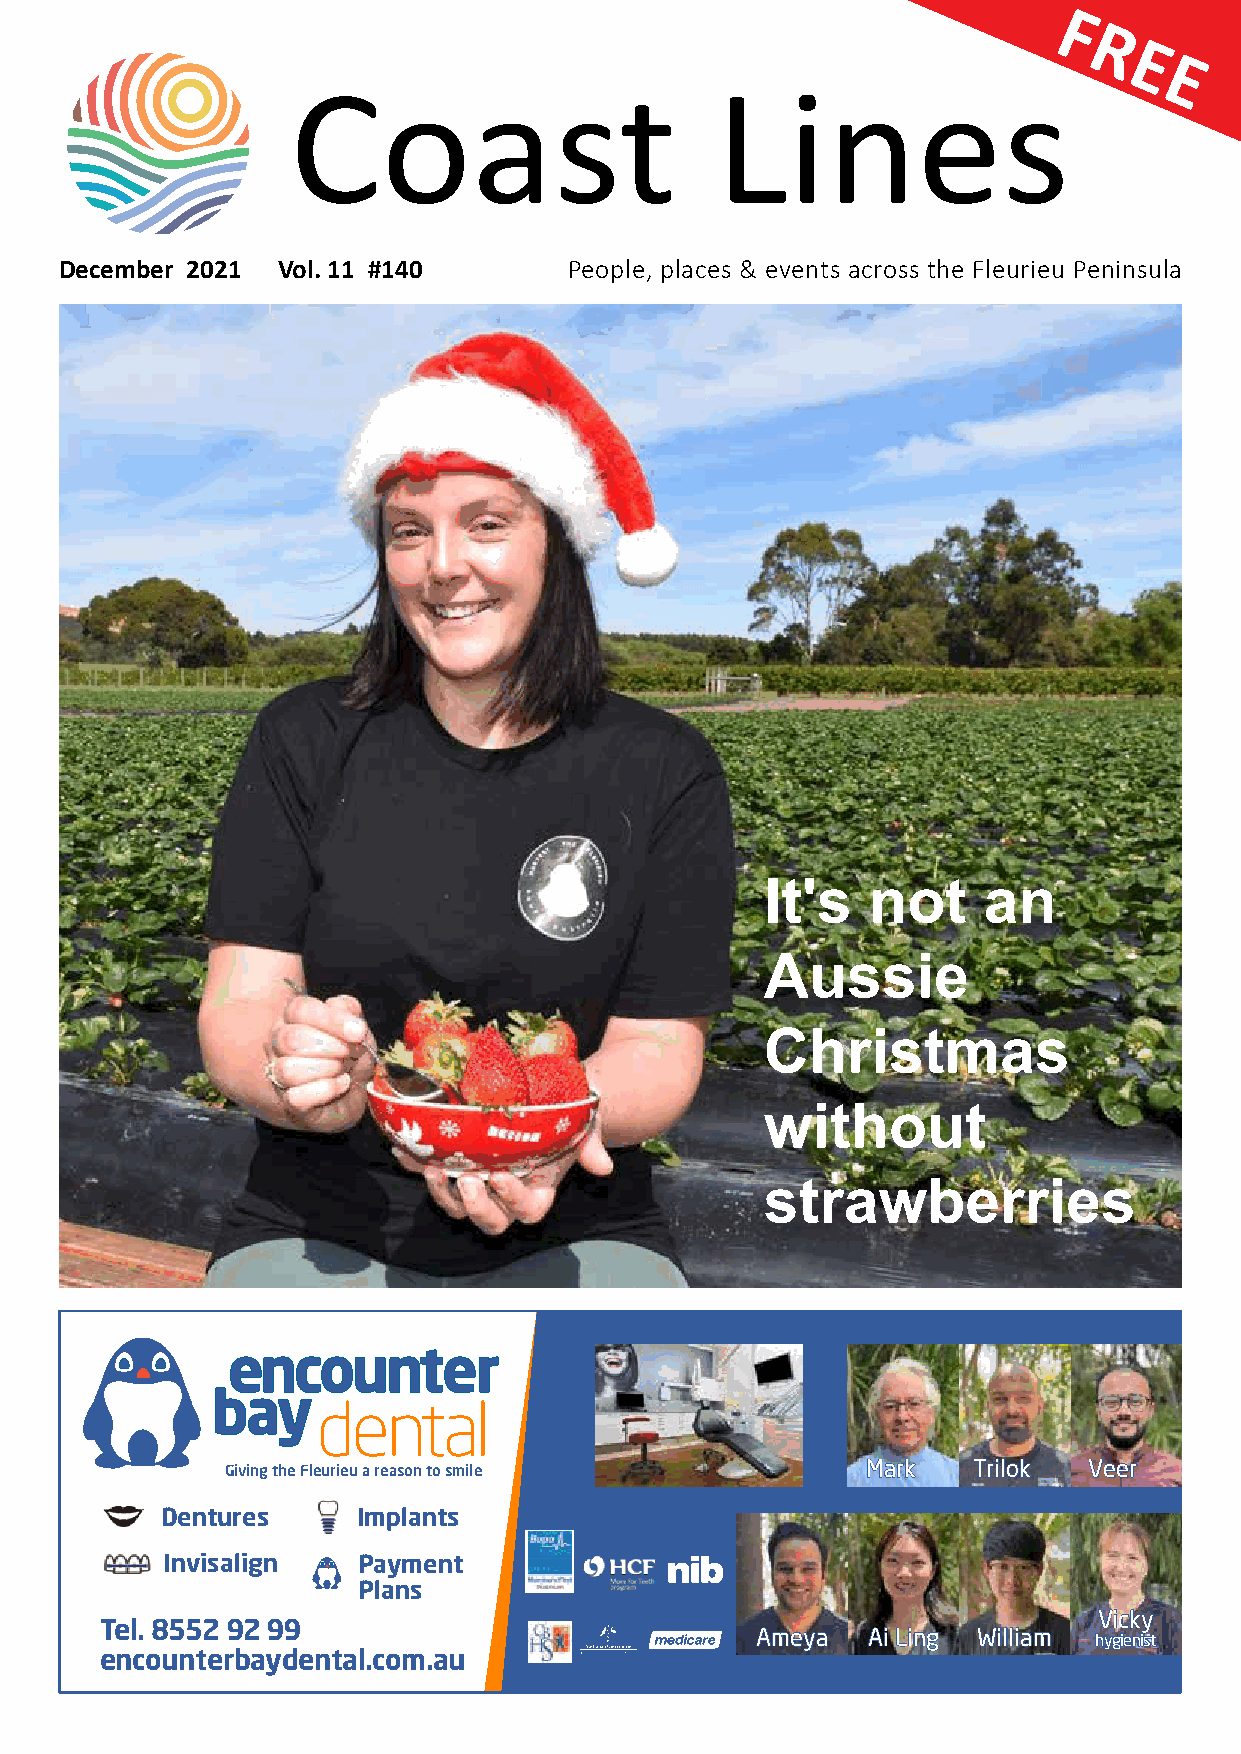
PRIMARY LOGO
 F
 R
 E
 E
 Coast                       Lines
 Wine            Coast           Lines
 December 2021 Vol. 11 #140        People, places & events across the Fleurieu Peninsula
 It's  not     an
 Aussie
 Christmas
 without
 strawberries
 Giving the Fleurieu a reason to smile     MMaarrkk TTrriillookk VVeeeerr
 Dentures     Implants
 Invisalign   Payment
 Plans
 VViicckkyy
 Tel. 8552 92 99
 AAmmeeyyaa AAii LLiinngg WWiilllliiaamm hhyyggiieenniisstt
 encounterbaydental.com.au